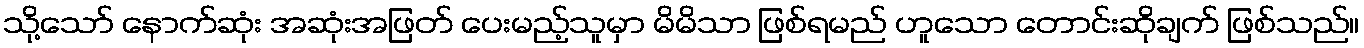
သို့သော် နောက်ဆုံး အဆုံးအဖြတ် ပေးမည့်သူမှာ မိမိသာ ဖြစ်ရမည် ဟူသော တောင်းဆိုချက် ဖြစ်သည်။